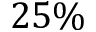
2 5 \%